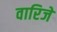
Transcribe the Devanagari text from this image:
वारिजे